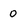
Character: 0